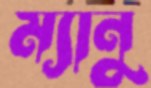
ম্যানু